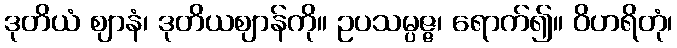
ဒုတိယံ ဈာနံ၊ ဒုတိယဈာန်ကို။ ဥပသမ္ပဇ္ဇ၊ ရောက်၍။ ဝိဟရိတုံ၊